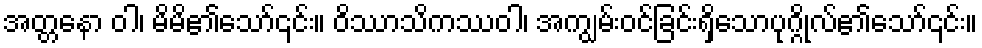
အတ္တနော ဝါ၊ မိမိ၏သော်၎င်း။ ဝိဿာသိကဿဝါ၊ အကျွမ်းဝင်ခြင်းရှိသောပုဂ္ဂိုလ်၏သော်၎င်း။